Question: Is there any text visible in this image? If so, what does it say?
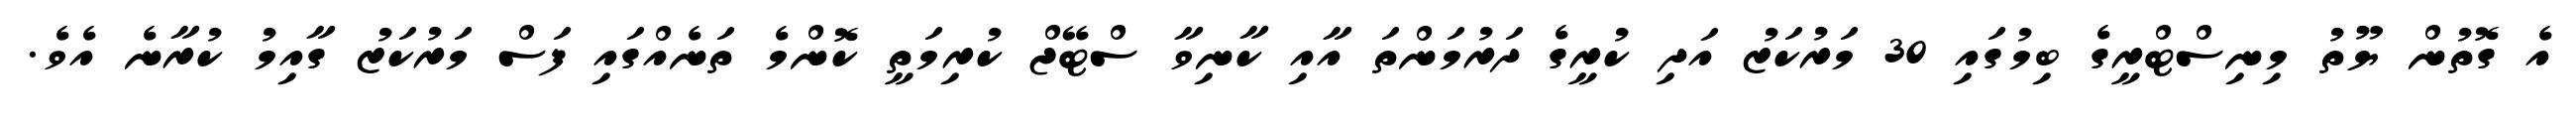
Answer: އެ ގޮތުން ޔޫތު މިނިސްޓްރީގެ ބިމުގައި 30 މަރުކަޒު އަދި ކުރީގެ ދަރުމަންތަ އާއި ކާނިވާ ސްޓޭޖް ކުރިމަތީ ކޮންމެ ތަނެއްގައި ފަސް މަރުކަޒު ގާއިމު ކުރާނެ އެވެ.